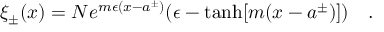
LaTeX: \xi _ { \pm } ( x ) = N e ^ { m \epsilon ( x - a ^ { \pm } ) } ( \epsilon - \operatorname { t a n h } [ m ( x - a ^ { \pm } ) ] ) \quad .